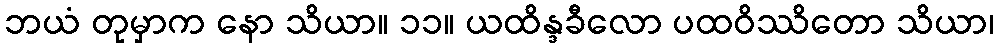
ဘယံ တုမှာက နော သိယာ။ ၁၁။ ယထိန္ဒခီလော ပထဝိဿိတော သိယာ၊